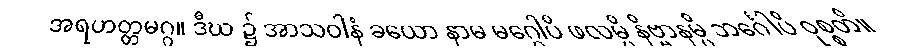
အရဟတ္တမဂ္ဂ။ ဒီဃ ၌ အာသဝါနံ ခယော နာမ မဂ္ဂေါပိ ဖလမ္ပိ နိဗ္ဗာနမ္ပိ ဘင်္ဂေါပိ ဝုစ္စတိ။